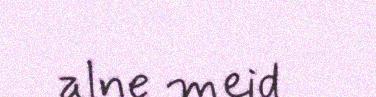
alne meid